Insane asylums in Bengal annual reports 1867-1875 - 1867-1875
Year: 1867
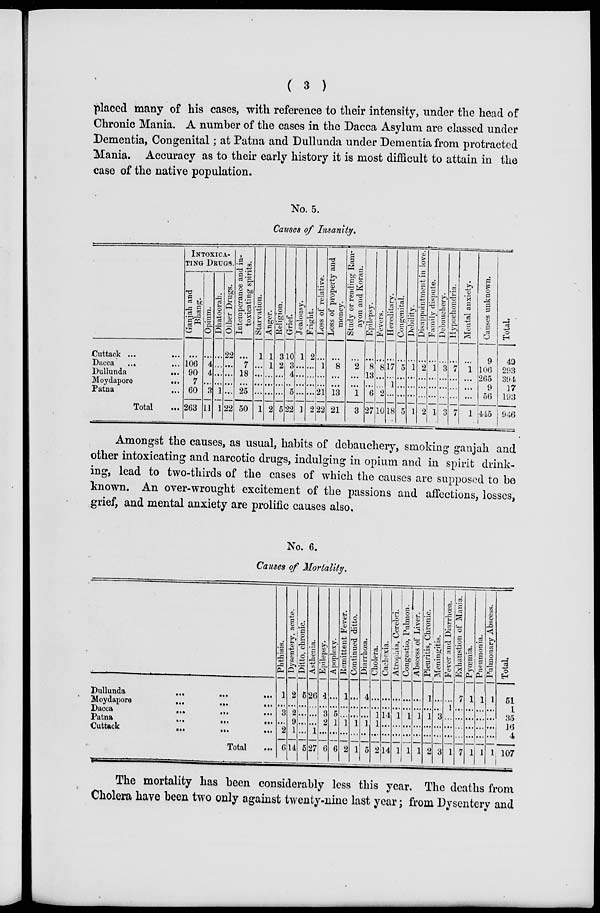
( 3 )
placed many of his cases, with reference to their intensity, under the head of
Chronic Mania. A number of the cases in the Dacca Asylum are classed under
Dementia, Congenital; at Patna and Dullunda under Dementia from protracted
Mania. Accuracy as to their early history it is most difficult to attain in the
case of the native population.
No. 5.
Causes of Insanity.
Cuttack ...
...
Dacca
... ...
Dullunda
...
Moydapore
...
Patna
...
Total ...
INTOXICA-
---- DRUGS.
Ganjah and
Bhang.
...
106
90
7
60
263
Opium.
...
4
4
...
3
11
Dhatoorah.
...
...
...
...
1
1
Other Drugs.
22
...
...
...
...
22
Intemperance and in-
toxicating spirits.
...
7
18
...
25
50
Starvation.
1
...
...
...
...
1
Anger.
1
1
...
...
...
2
Religion.
3
2
...
...
...
5
Grief.
10
3
4
...
5
22
Jealousy.
1
...
...
...
...
1
Fright.
2
...
...
...
...
2
Loss of relative.
...
1
...
...
21
22
Loss of property and
money.
...
8
...
...
13
21
Study or reading Ram-
ayon and Koran.
...
2
...
...
1
3
Epilepsy.
...
8
13
...
6
27
Fevers.
...
8
...
...
2
10
Hereditary.
...
17
...
1
...
18
Congenital.
...
5
...
...
...
5
Debility.
...
1
...
...
...
1
Disappointment in love.
...
2
...
...
...
2
Family dispute.
...
1
...
...
...
1
Debauchery.
...
3
...
...
...
3
Hypochondria.
...
7
...
...
...
7
Mental anxiety.
...
1
...
...
...
1
Causes unknown.
9
106
265
9
56
445
Total.
49
293
394
17
193
946
Amongst the causes, as usual, habits of debauchery, smoking ganjah and
other intoxicating and narcotic drugs, indulging in opium and in spirit drink-
ing, lead to two-thirds of the cases of which the causes are supposed to be
known. An over-wrought excitement of the passions and affections, losses,
grief, and mental anxiety are prolific causes also.
No. 6.
Causes of Mortality.
Dullunda ... ... ...
Moydapore
...
... ...
Dacca
...
... ...
Patna
...
...
...
Cuttack
...
...
...
Total ...
Phthisis.
1
...
3
...
2
6
Dys ent er y, acute.
2
...
2
9
1
14
Di t t o, chronic.
5
...
...
...
...
5
Asthenia.
26
...
...
...
1
27
Epi l
eps y.
1
...
3
2
...
6
Apoplexy.
...
...
5
1
...
6
Remittent Fever .
1
...
...
1
...
2
Continued ditto.
...
...
...
1
...
1
Diarrhœa.
4
...
...
1
...
5
Chol er a.
...
...
1
1
...
2
Cachexia.
...
...
14
...
...
14
Atrophia, Cerebri.
...
...
1
...
...
1
Congestio, Pul mon.
...
...
1
...
...
1
Abscess of Li ver .
...
...
1
...
...
1
Pleuritis, Chronic.
1
...
1
...
...
2
Meningitis.
...
...
3
...
...
3
Fever and Diarrhœa.
...
1
...
...
...
1
Exhaustion of Mani a.
7
...
...
...
...
7
Pyœmia.
1
...
...
...
...
1
Pneumonia.
1
...
...
...
...
1
Pulmona r
y Abscess.
1
...
...
...
...
1
Total.
51
1
35
16
4
107
The mortality has been considerably less this year. The deaths from
Cholera have been two only against twenty-nine last year; from Dysentery and